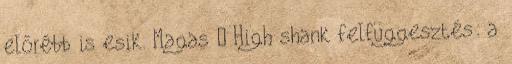
előrébb is esik. Magas – High shank felfüggesztés: a